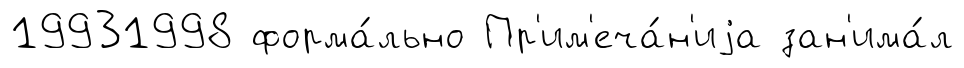
19931998 форма́льно Пр'им'еча́н'иjа зан'има́л